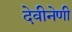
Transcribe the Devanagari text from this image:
देवीनेणी